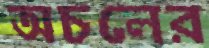
অচলের